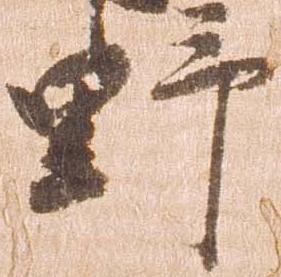
野